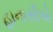
હાનાસીએ